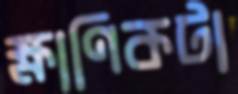
ক্ষাণিকটা